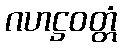
ဂဟဋ္ဌဝတ္တံ